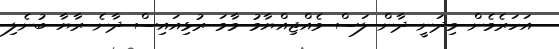
އަހަރެމެން މިދަނީ ދާން ލަސް ވެއްޖިއްޔާމު މާމަ ރުޅިއައިސް ދާނެ ރާޔާ ބުނެލި